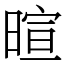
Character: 暄